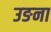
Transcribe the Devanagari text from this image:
उङना